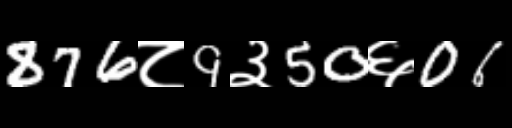
Text: 876८9३50६06